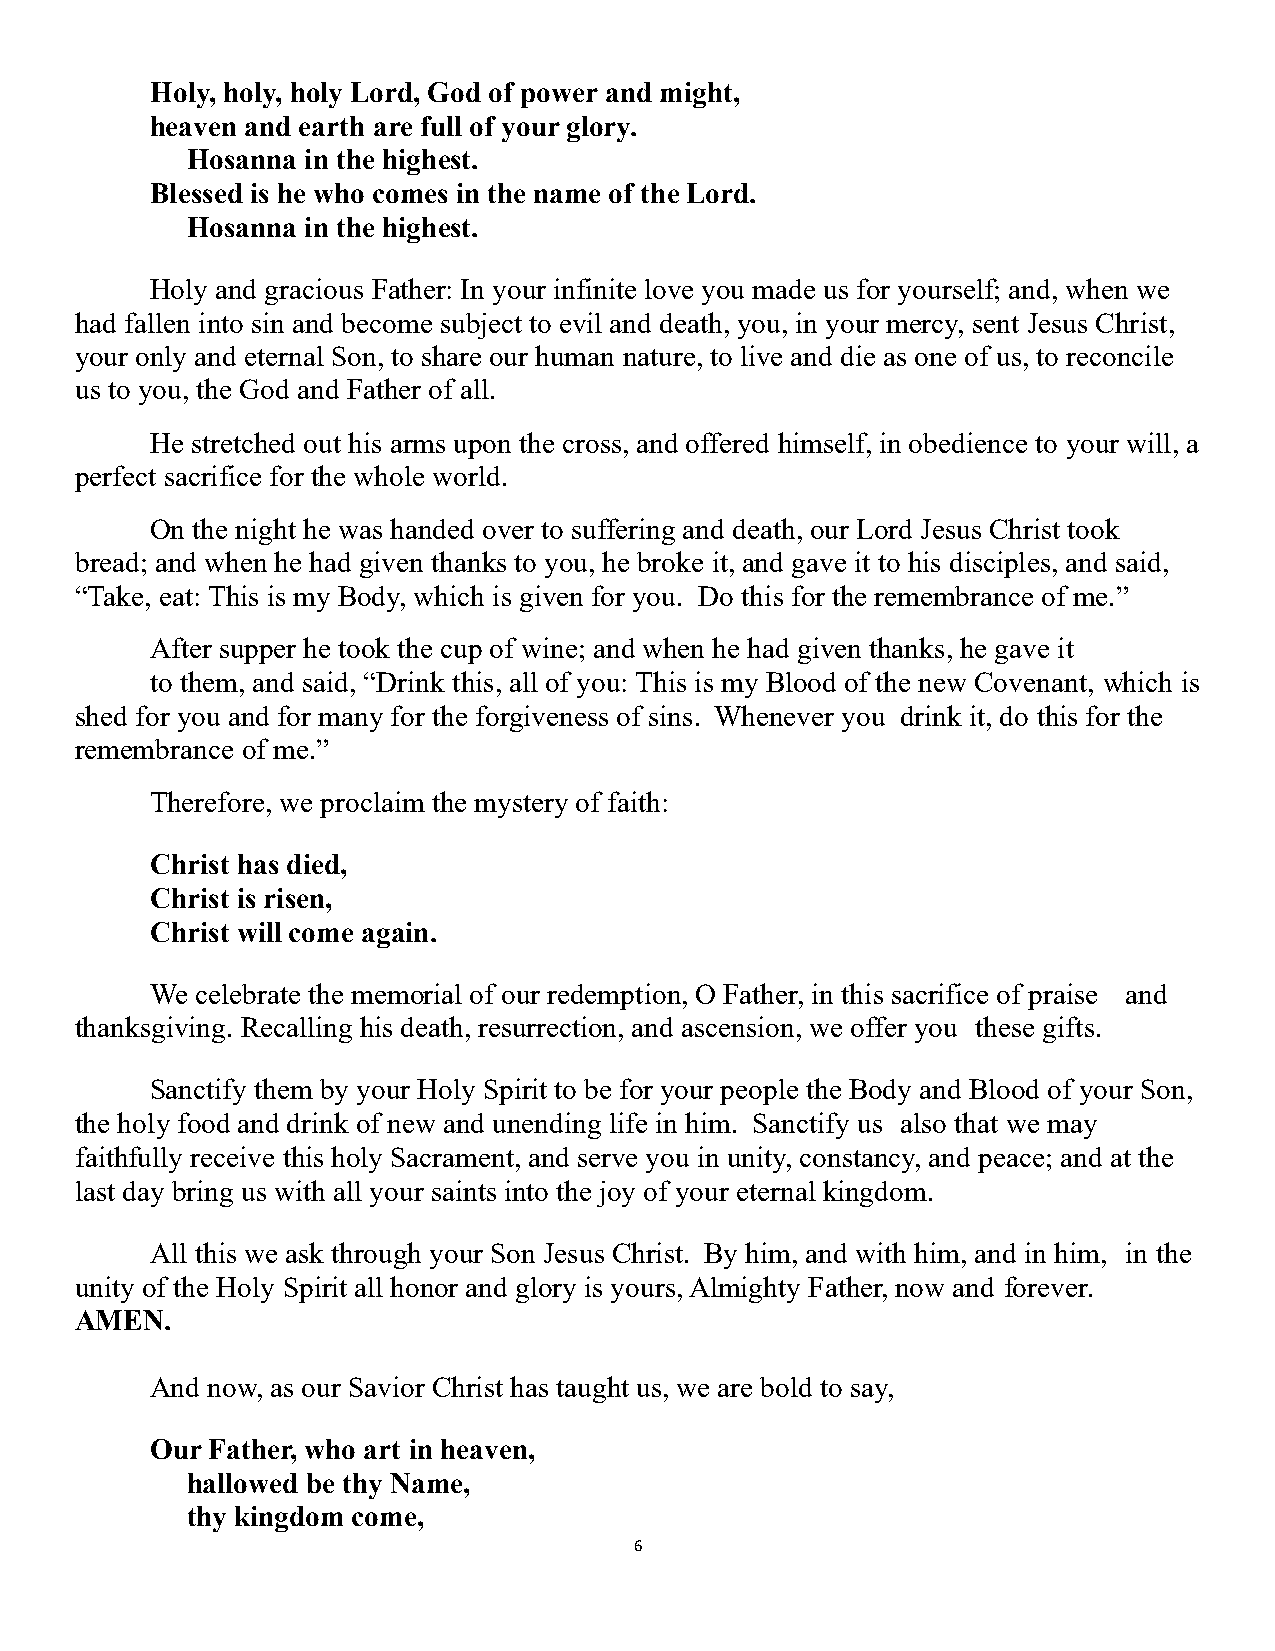
Holy, holy, holy Lord, God of power and might,
 heaven and earth are full of your glory.
 Hosanna in the highest.
 Blessed is he who comes in the name of the Lord.
 Hosanna in the highest.
 Holy and gracious Father: In your infinite love you made us for yourself; and, when we
 had fallen into sin and become subject to evil and death, you, in your mercy, sent Jesus Christ,
 your only and eternal Son, to share our human nature, to live and die as one of us, to reconcile
 us to you, the God and Father of all.
 He stretched out his arms upon the cross, and offered himself, in obedience to your will, a
 perfect sacrifice for the whole world.
 On the night he was handed over to suffering and death, our Lord Jesus Christ took
 bread; and when he had given thanks to you, he broke it, and gave it to his disciples, and said,
 “Take, eat: This is my Body, which is given for you. Do this for the remembrance of me.”
 After supper he took the cup of wine; and when he had given thanks, he gave it
 to them, and said, “Drink this, all of you: This is my Blood of the new Covenant, which is
 shed for you and for many for the forgiveness of sins. Whenever you drink it, do this for the
 remembrance of me.”
 Therefore, we proclaim the mystery of faith:
 Christ has died,
 Christ is risen,
 Christ will come again.
 We celebrate the memorial of our redemption, O Father, in this sacrifice of praise and
 thanksgiving. Recalling his death, resurrection, and ascension, we offer you these gifts.
 Sanctify them by your Holy Spirit to be for your people the Body and Blood of your Son,
 the holy food and drink of new and unending life in him. Sanctify us also that we may
 faithfully receive this holy Sacrament, and serve you in unity, constancy, and peace; and at the
 last day bring us with all your saints into the joy of your eternal kingdom.
 All this we ask through your Son Jesus Christ. By him, and with him, and in him, in the
 unity of the Holy Spirit all honor and glory is yours, Almighty Father, now and forever.
 AMEN.
 And now, as our Savior Christ has taught us, we are bold to say,
 Our Father, who art in heaven,
 hallowed be thy Name,
 thy kingdom come,
 6